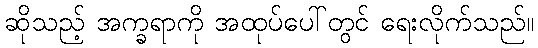
ဆိုသည့် အက္ခရာကို အထုပ်ပေါ်တွင် ရေးလိုက်သည်။